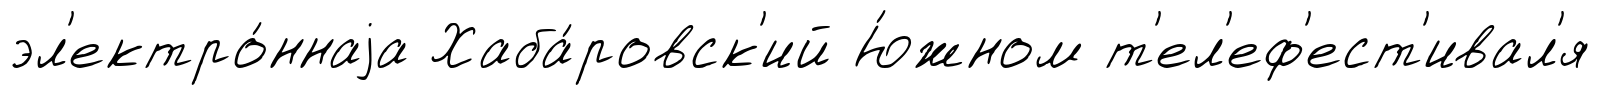
эл'ектро́ннаjа Хаба́ровск'ий Ю́жном т'ел'еф'ест'ивал'я